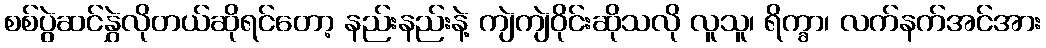
စစ်ပွဲဆင်နွှဲလိုတယ်ဆိုရင်တော့ နည်းနည်းနဲ့ ကျဲကျဲဝိုင်းဆိုသလို လူသူ၊ ရိက္ခာ၊ လက်နက်အင်အား